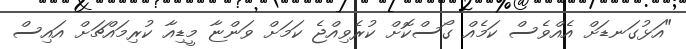
"އަޅުގަނޑަށް އެއްވެސް ކަމެއް ގޯސްކޮށް ކުރެވިއްޖެ ކަމަށް ވަންޏާ މީޑިއާ ކުރިމައްޗަށް އައިސް